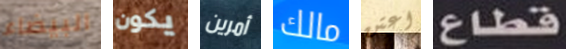
البيضاء يكون أمرين مالك اعتن قطاع